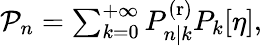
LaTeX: \begin{array}{r}{\mathcal{P}_{n}=\sum_{k=0}^{+\infty}P_{n|k}^{\mathrm{(r)}}P_{k}[\eta],}\end{array}